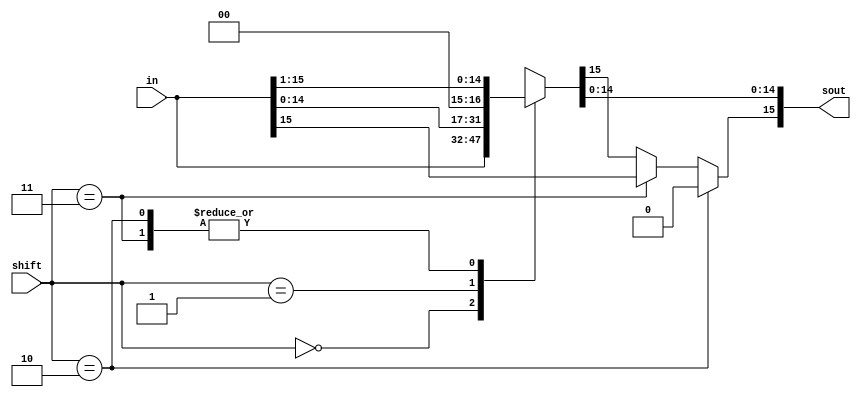
module shifter(in,shift,sout);
    input [15:0] in;
    input [1:0] shift;
    output [15:0] sout;
    // fill out the rest

    reg [15:0] sout;
    
    always @* begin
        case (shift) // only shifts bits
            2'b00 : sout = in;
            2'b01 : sout = in << 1;
            2'b10 : sout = in >> 1;
            2'b11 : sout = in >> 1;
            default : sout = 16'bxxxxxxxxxxxxxxxx;
        endcase

        if (shift == 2'b10) begin
            sout[15] = 1'b0;
        end
        else if (shift == 2'b11) begin
            sout[15] = in[15];
        end
    end

endmodule